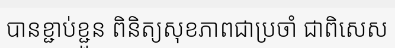
បានខ្ជាប់ខ្ជួន ពិនិត្យសុខភាពជាប្រចាំ ជាពិសេស